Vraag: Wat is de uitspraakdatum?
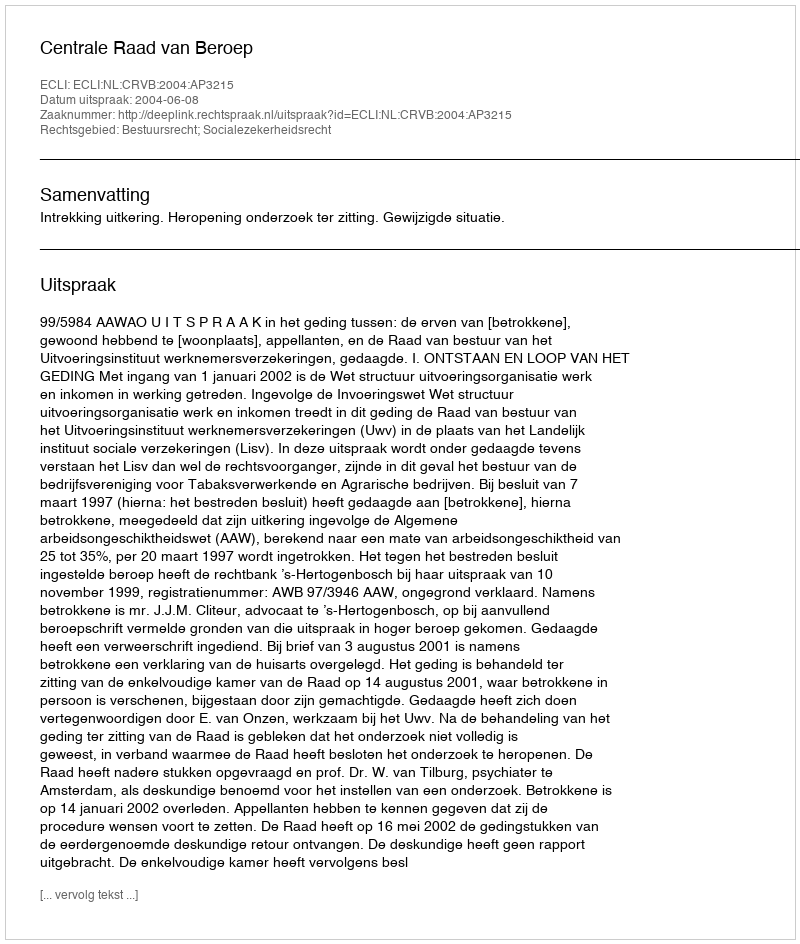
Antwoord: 2004-06-08